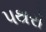
પથરો